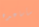
سأساعده